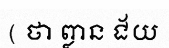
( ថា ព្លាន ជ័យ